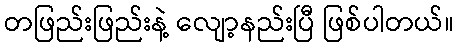
တဖြည်းဖြည်းနဲ့ လျော့နည်းပြီ ဖြစ်ပါတယ်။